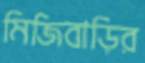
মিজিবাড়ির